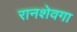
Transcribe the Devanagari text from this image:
रानशेवगा